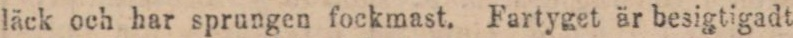
läck och har sprungen fockmast. Fartyget är besigtigadt